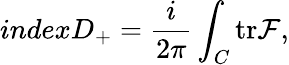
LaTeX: indexD_{+}=\frac{i}{2\pi}\int_{C}{\mathrm{tr}{\cal{F}}},